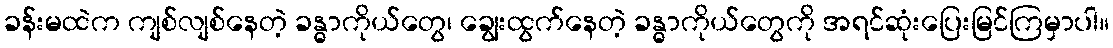
ခန်းမထဲက ကျစ်လျစ်နေတဲ့ ခန္ဓာကိုယ်တွေ၊ ချွေးထွက်နေတဲ့ ခန္ဓာကိုယ်တွေကို အရင်ဆုံးပြေးမြင်ကြမှာပါ။